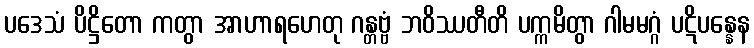
ပဒေသံ ပိဋ္ဌိတော ကတွာ အာဟာရဟေတု ဂန္တဗ္ဗံ ဘဝိဿတီတိ ပက္ကမိတွာ ဂါမမဂ္ဂံ ပဋိပန္နေန